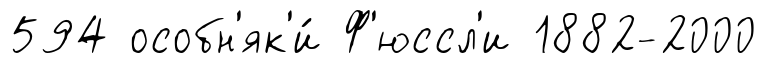
594 особн'як'и́ Ф'юссл'и 1882-2000